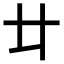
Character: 𠥻